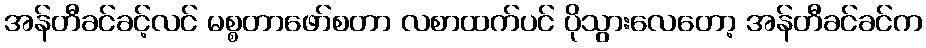
အန်တီခင်ခင့်လင် မစ္စတာဖော်စတာ လစာထက်ပင် ပိုသွားလေတော့ အန်တီခင်ခင်က